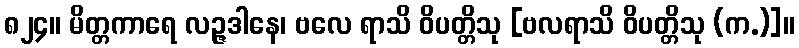
၈၂၄။ မိတ္တကာရေ လဉ္ဇဒါနေ၊ ဗလေ ရာသိ ဝိပတ္တိသု [ဗလရာသိ ဝိပတ္တိသု (က.)]။